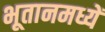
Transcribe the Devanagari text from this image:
भूतानमध्यें